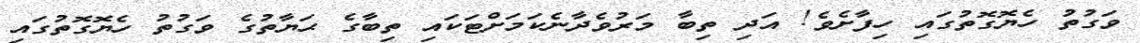
ވަގުތު ހެޔޮގޮތުގައި ހިފާށެވެ! އަދި ތިބާ މަރުވެދާނެކަމަށްޓަކައި ތިބާގެ ޙަޔާތުގެ ވަގުތު ހެޔޮގޮތުގައި